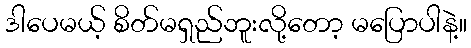
ဒါပေမယ့် စိတ်မရှည်ဘူးလို့တော့ မပြောပါနဲ့။